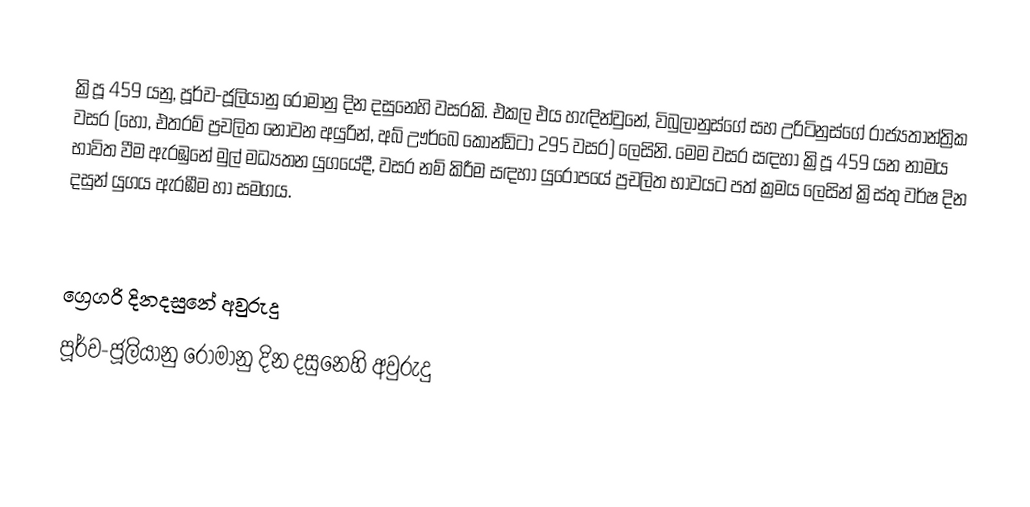

ක්‍රිපූ 459 යනු, පූර්ව-ජූලියානු රෝමානු දින දසුනෙහි වසරකි. එකල එය හැඳින්වුනේ, විබුලානුස්ගේ සහ උරිටිනුස්ගේ රාජ්‍යතාන්ත්‍රික වසර (හෝ, එතරම් ප්‍රචලිත නොවන අයුරින්, අබ් ඌර්බෙ කෝන්ඩිටා 295 වසර) ලෙසිනි. මෙම වසර සඳහා ක්‍රිපූ 459 යන නාමය භාවිත වීම ඇරඹුනේ මුල්  මධ්‍යතන යුගයේදී, වසර නම් කිරීම සඳහා යුරෝපයේ ප්‍රචලිත භාවයට පත් ක්‍රමය ලෙසින් ක්‍රිස්තු වර්ෂ දින දසුන් යුගය ඇරඹීම හා සමගය.

ග්‍රෙගරි දිනදසුනේ අවුරුදු
පූර්ව-ජූලියානු රෝමානු දින දසුනෙහි අවුරුදු